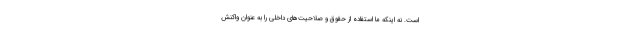
است. نه اینکه ما استفاده از حقوق و صلاحیت‌های داخلی را به عنوان واکنش